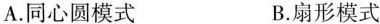
A.同心圆模式 B.扇形模式